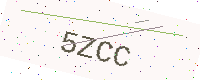
Text: 5ZCC